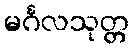
မင်္ဂလသုတ္တ